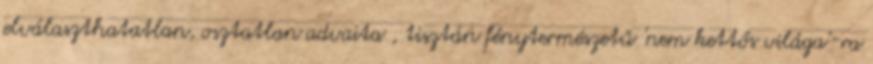
elválaszthatatlan, osztatlan advaita , tisztán fénytermészetű 'nem kettős világa'-ra